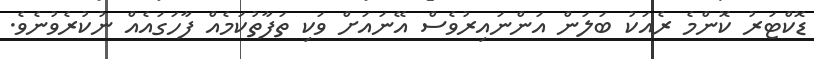
ޑޮކްޓަރު ކޮންމެ ރެއަކު ބަލަން އަންނައިރުވެސް އޭނައަށް ވަކި ތަފާތުކަމެއް ފާހަގައެއް ނުކުރެވުނެވެ.